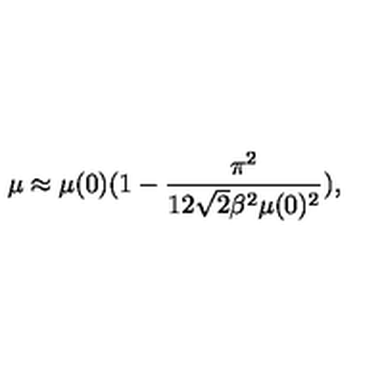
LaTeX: \mu \approx \mu ( 0 ) ( 1 - \frac { \pi ^ { 2 } } { 1 2 \sqrt { 2 } \beta ^ { 2 } \mu ( 0 ) ^ { 2 } } ) ,